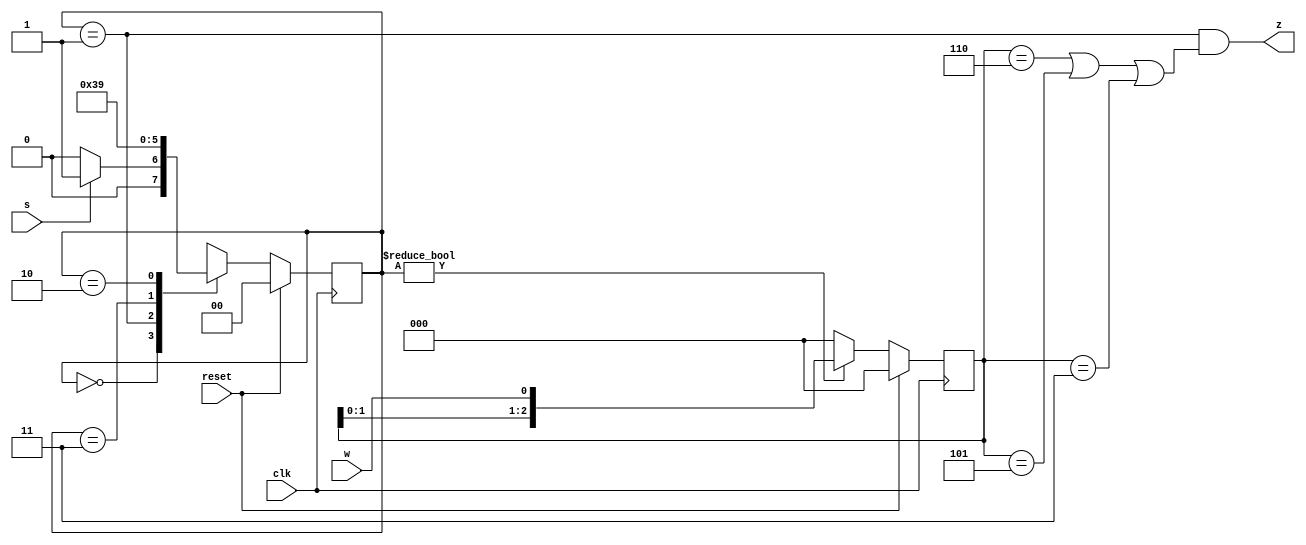
module top_module (
    input  clk,
    input  reset,  // Synchronous reset
    input  s,
    input  w,
    output z
);


    parameter reg [1:0] ST_IDLE = 2'b00;
    parameter reg [1:0] ST_BIT1 = 2'b01;
    parameter reg [1:0] ST_BIT2 = 2'b11;
    parameter reg [1:0] ST_BIT3 = 2'b10;

    reg [2:0] series_w;
    reg [1:0] state, next_state;

    always @(posedge clk) begin
        if (reset == 1'b1) begin
            state <= ST_IDLE;
            series_w <= 3'b0;
        end else begin
            state <= next_state;
            if (state != ST_IDLE) begin
                series_w[2:0] = {series_w[1:0], w};
            end else begin
                series_w <= 3'b0;
            end

        end

    end

    always @(*) begin
        case (state)
            ST_IDLE:
            if (s == 1'b0) begin
                next_state = ST_IDLE;
            end else begin
                next_state = ST_BIT1;
            end
            ST_BIT1: next_state = ST_BIT2;
            ST_BIT2: next_state = ST_BIT3;
            ST_BIT3: next_state = ST_BIT1;
            default: next_state = ST_IDLE;
        endcase
    end

    assign z = (state == ST_BIT1) &&
        ((series_w == 3'b110) || (series_w == 3'b101) || (series_w == 3'b011));


endmodule